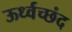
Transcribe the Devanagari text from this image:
ऊर्ध्वच्छंद